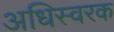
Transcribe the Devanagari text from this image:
अधिस्वरक